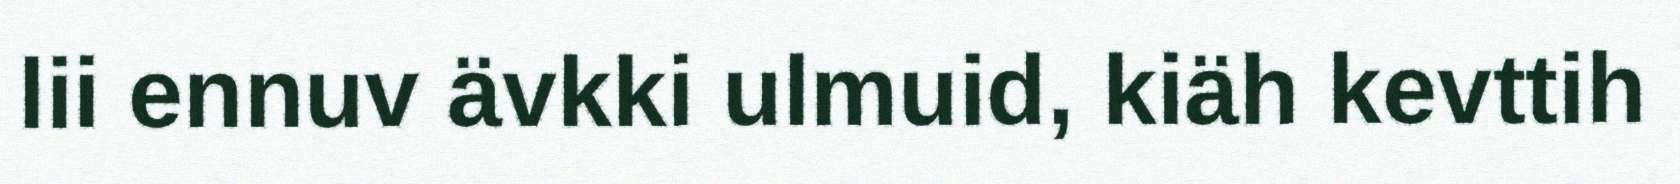
lii ennuv ävkki ulmuid, kiäh kevttih